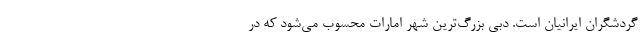
گردشگران ایرانیان است. دبی بزرگ‌ترین شهر امارات محسوب می‌شود که در